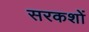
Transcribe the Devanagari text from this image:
सरकशों